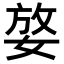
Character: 𡝶